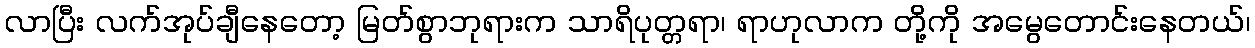
လာပြီး လက်အုပ်ချီနေတော့ မြတ်စွာဘုရားက သာရိပုတ္တရာ၊ ရာဟုလာက တို့ကို အမွေတောင်းနေတယ်၊